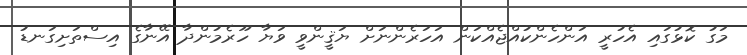
މަގު ކޮޅުގައި އެހުރީ އަންހެންކުއްޖެއްކަން އަހަރެންނަށް ޔަޤީންވީ ވަޔާ ހޫރެމުންދާ އޭނާގެ އިސްތަށިގަނޑު